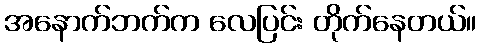
အနောက်ဘက်က လေပြင်း တိုက်နေတယ်။